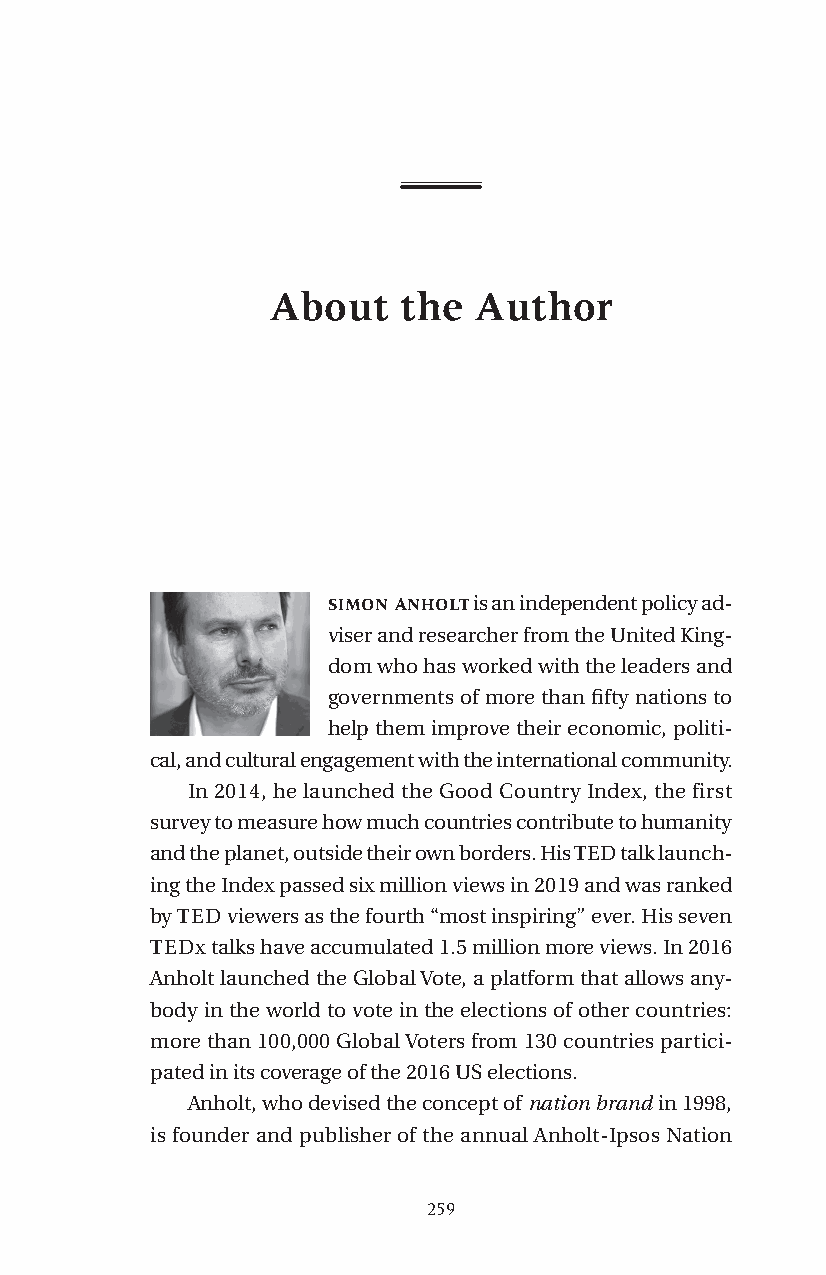
About   the  Author
 simon anholt is an independent policy ad-
 viser and researcher from the United King-
 dom who has worked with the leaders and
 governments of more than fifty nations to
 help them improve their economic, politi-
 cal, and cultural engagement with the international community.
 In 2014, he launched the Good Country Index, the first
 survey to measure how much countries contribute to humanity
 and the planet, outside their own borders. His TED talk launch-
 ing the Index passed six million views in 2019 and was ranked
 by TED viewers as the fourth “most inspiring” ever. His seven
 TEDx talks have accumulated 1.5 million more views. In 2016
 Anholt launched the Global Vote, a platform that allows any-
 body in the world to vote in the elections of other countries:
 more than 100,000 Global Voters from 130 countries partici-
 pated in its coverage of the 2016 US elections.
 Anholt, who devised the concept of nation brand in 1998,
 is founder and publisher of the annual Anholt-Ipsos Nation
 259